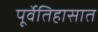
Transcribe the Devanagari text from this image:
पूर्वेतिहासात